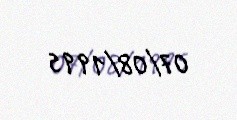
07/08/1995